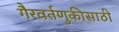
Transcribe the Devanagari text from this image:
गैरवर्तणुकीसाठी